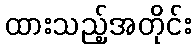
ထားသည့်အတိုင်း